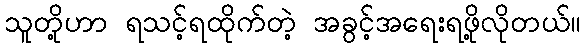
သူတို့ဟာ ရသင့်ရထိုက်တဲ့ အခွင့်အရေးရဖို့လိုတယ်။